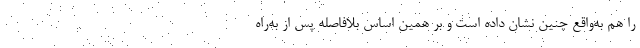
را هم به‌واقع چنین نشان داده است و بر همین اساس بلافاصله پس از به‌راه